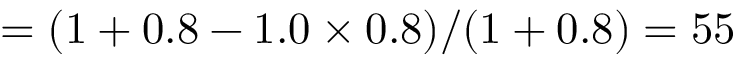
= ( 1 + 0 . 8 - 1 . 0 \times 0 . 8 ) / ( 1 + 0 . 8 ) = 5 5 \